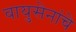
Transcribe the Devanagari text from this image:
वायुसेनांचे